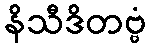
နိသီဒိတဗ္ဗံ